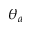
\theta _ { a }